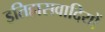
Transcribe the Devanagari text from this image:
इतिहासवादियों